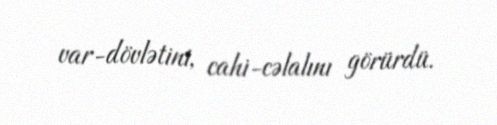
var-dövlətini, cahi-cəlalını görürdü.